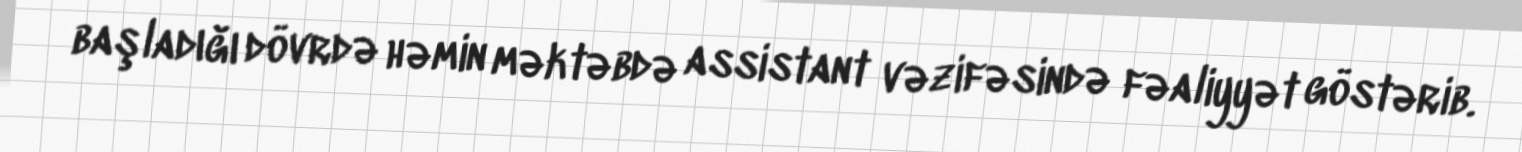
başladığı dövrdə həmin məktəbdə assistant vəzifəsində fəaliyyət göstərib.